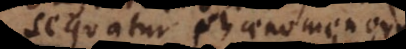
sequatur phaenomenorum